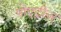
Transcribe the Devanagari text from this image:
पोएट्रीज़